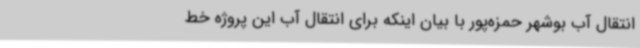
انتقال آب بوشهر حمزه‌پور با بیان اینکه برای انتقال آب این پروژه خط